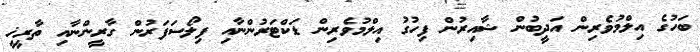
ބަހުގެ އިލްމުވެރިން އަދީބުން ޝާއިރުން ފިހުގު އިލްމުވެރިން ޑަކްޓަރުންނާއި ފިލޯސަފަރުން ގާރީންނާއި ތާރީޚީ